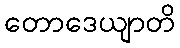
တောဒေယျာတိ